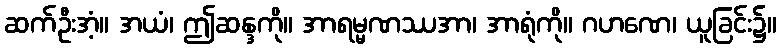
ဆက်ဦးအံ့။ အယံ၊ ဤဆန္ဒကို။ အာရမ္မဏဿအာ၊ အာရုံကို။ ဂဟဏေ၊ ယူခြင်း၌။